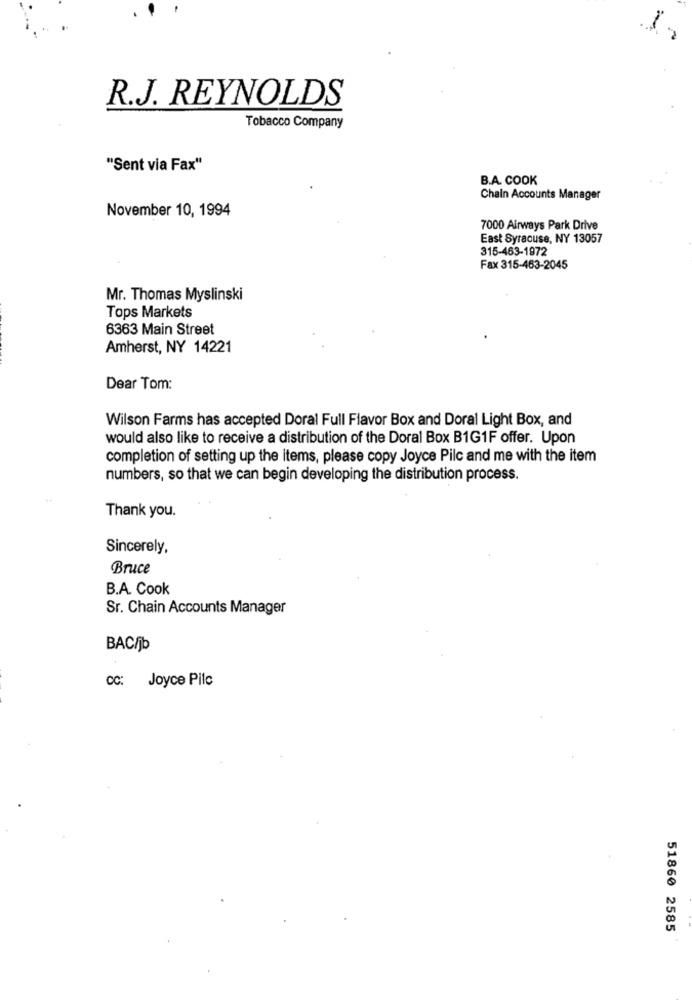
R.J. REYNOLDS
Tobacco Company
"Sent via Fax"
B.A. COOK
Chain Accounts Manager
November 10, 1994
7000 Airways Park Drive
East Syracuse, NY 13057
315-463-1972
Fax 315-463-2045
Mr. Thomas Myslinski
Tops Markets
6363 Main Street
Amherst, NY 14221
Dear Tom:
Wilson Farms has accepted Doral Full Flavor Box and Doral Light Box, and
would also like to receive a distribution of the Doral Box B1G1F offer. Upon
completion of setting up the items, please copy Joyce Pilc and me with the item
numbers, so that we can begin developing the distribution process.
Thank you.
Sincerely,
Bruce
B.A. Cook
Sr. Chain Accounts Manager
BAC/jb
cc: Joyce Pilc
51860 2585